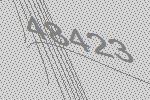
48423